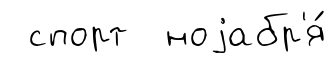
спорт ноjабр'я́